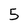
Character: 5